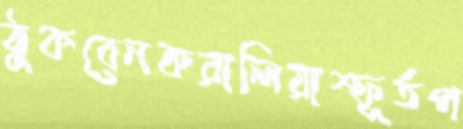
ঠুকবেনকরালিয়াস্ফূর্তপ